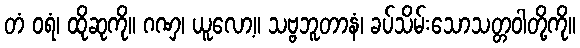
တံ ဝရံ၊ ထိုဆုကို။ ဂဏှ၊ ယူလော့။ သဗ္ဗဘူတာနံ၊ ခပ်သိမ်းသောသတ္တဝါတို့ကို။